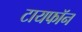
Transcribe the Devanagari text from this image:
टायफॉन